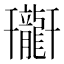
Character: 𪚟